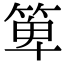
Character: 箄